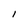
Character: I